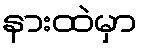
နားထဲမှာ